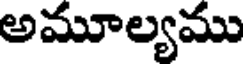
అమూల్యము